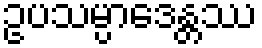
ဥပသမ္ပာဒေန္တဿ